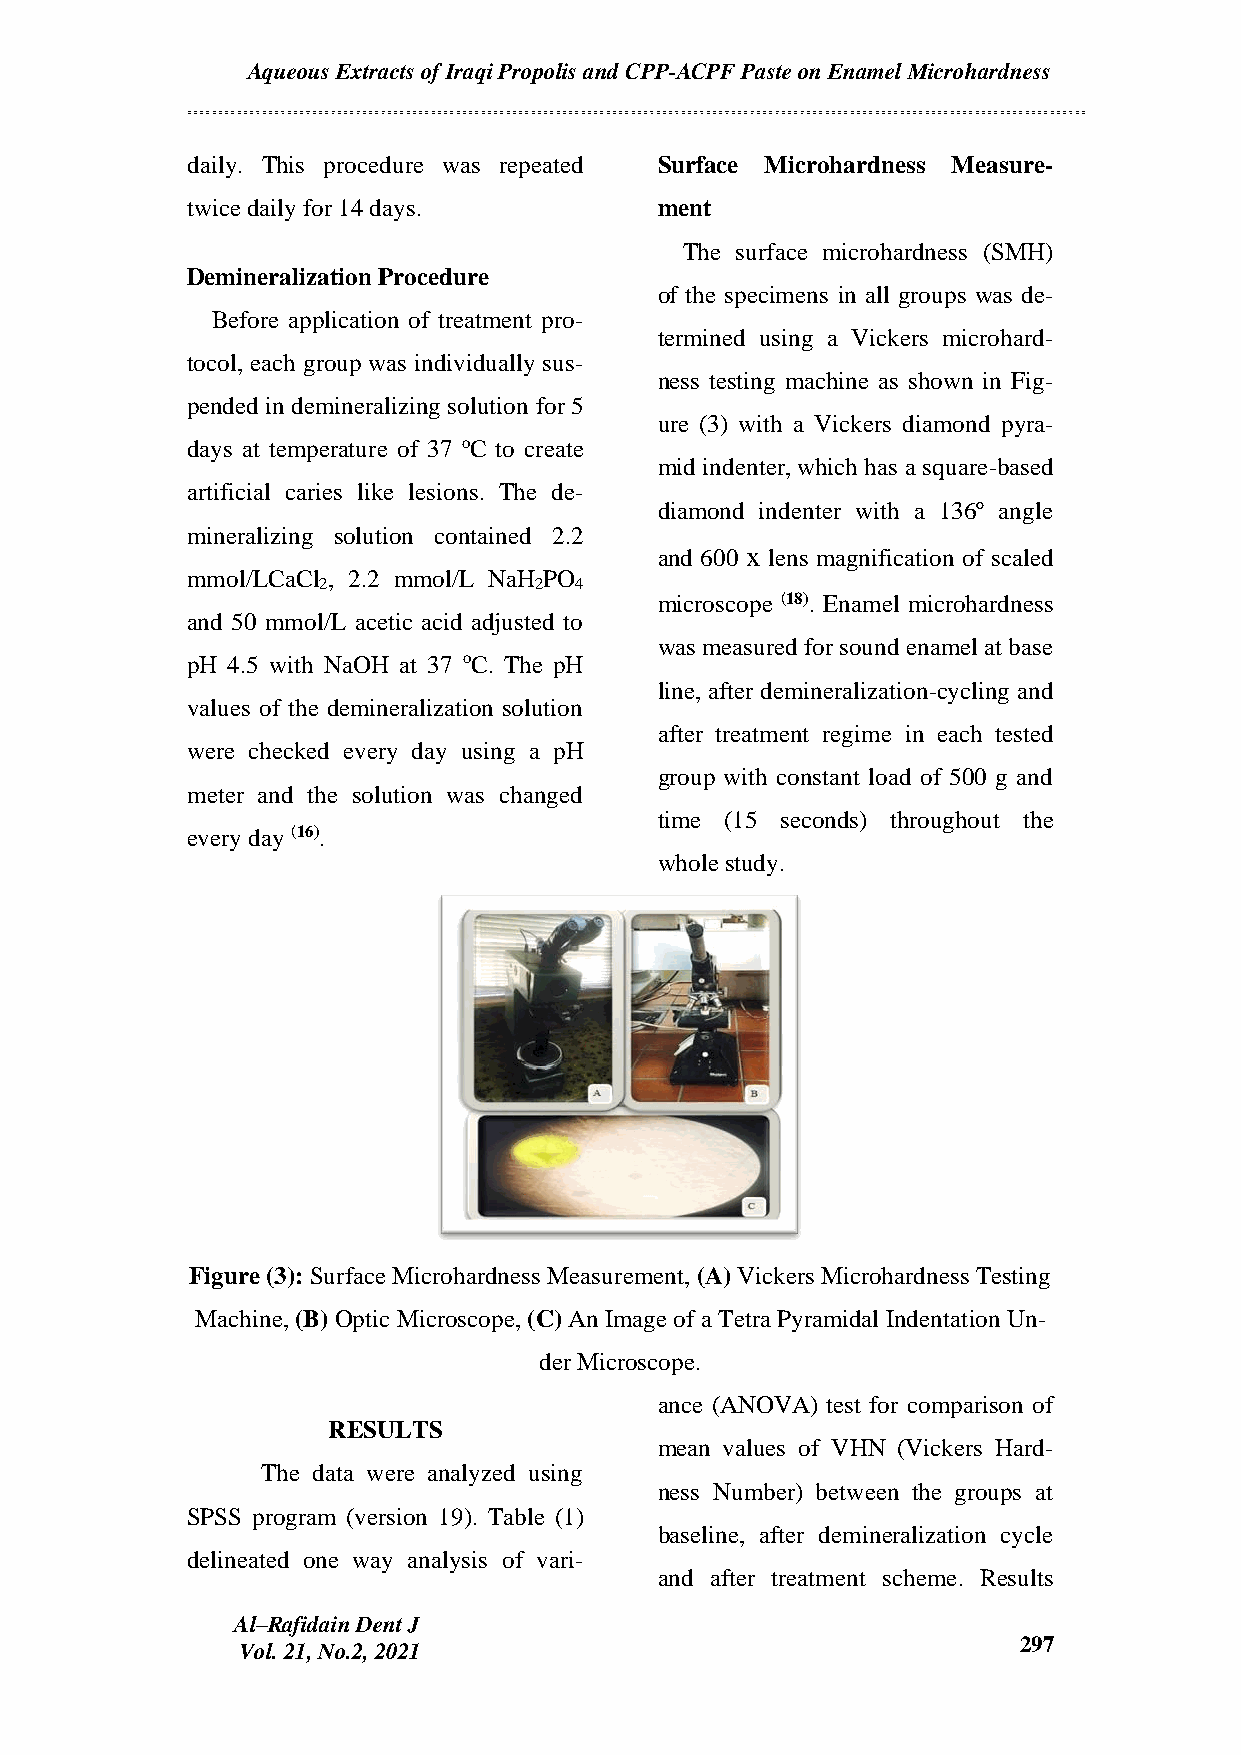
Aqueous Extracts of Iraqi Propolis and CPP-ACPF Paste on Enamel Microhardness
 daily. This procedure was repeated Surface Microhardness Measure-
 twice daily for 14 days.        ment
 The surface microhardness (SMH)
 Demineralization Procedure
 of the specimens in all groups was de-
 Before application of treatment pro-
 termined using a Vickers microhard-
 tocol, each group was individually sus-
 ness testing machine as shown in Fig-
 pended in demineralizing solution for 5
 ure (3) with a Vickers diamond pyra-
 days at temperature of 37 oC to create
 mid indenter, which has a square-based
 artificial caries like lesions. The de-
 diamond indenter with a 136º angle
 mineralizing solution contained 2.2
 and 600 x lens magnification of scaled
 mmol/LCaCl , 2.2 mmol/L NaH PO
 2             2  4
 microscope (18). Enamel microhardness
 and 50 mmol/L acetic acid adjusted to
 was measured for sound enamel at base
 pH 4.5 with NaOH at 37 oC. The pH
 line, after demineralization-cycling and
 values of the demineralization solution
 after treatment regime in each tested
 were checked every day using a pH
 group with constant load of 500 g and
 meter and the solution was changed
 time (15 seconds) throughout the
 every day (16).
 whole study.
 Figure (3): Surface Microhardness Measurement, (A) Vickers Microhardness Testing
 Machine, (B) Optic Microscope, (C) An Image of a Tetra Pyramidal Indentation Un-
 der Microscope.
 ance (ANOVA) test for comparison of
 RESULTS
 mean values of VHN (Vickers Hard-
 The data were analyzed using
 ness Number) between the groups at
 SPSS program (version 19). Table (1)
 baseline, after demineralization cycle
 delineated one way analysis of vari-
 and after treatment scheme. Results
 Al–Rafidain Dent J
 297
 Vol. 21, No.2, 2021